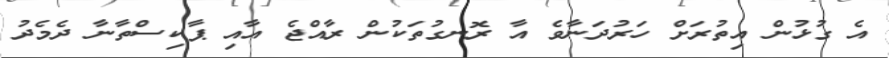
އެ ގުޅުން އިތުރަށް ހަރުދަނާވެ އާ ރޮނގުތަކުން ރާއްޖެ އާއި ޕާކިސްތާނާ ދެމެދު